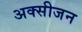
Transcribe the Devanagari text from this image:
अक्‍सीजन